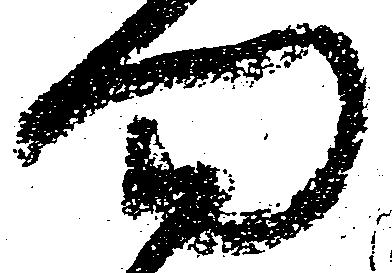
門